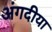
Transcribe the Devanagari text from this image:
अंगदीया